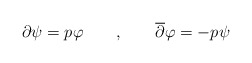
\begin{align*}\partial \psi =p\varphi \qquad ,\qquad \overline{\partial }\varphi =-p\psi \end{align*}